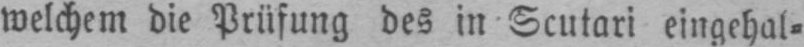
welchem die Prüfung des in Scutari eingehal⸗